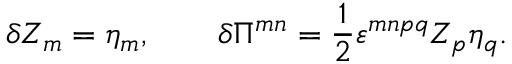
\delta Z _ { m } = \eta _ { m } , \qquad \delta \Pi ^ { m n } = \frac 1 2 \varepsilon ^ { m n p q } Z _ { p } \eta _ { q } .